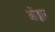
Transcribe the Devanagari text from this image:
ओंङ्कार